Annual report on the working of the lock hospitals in the Central Provinces
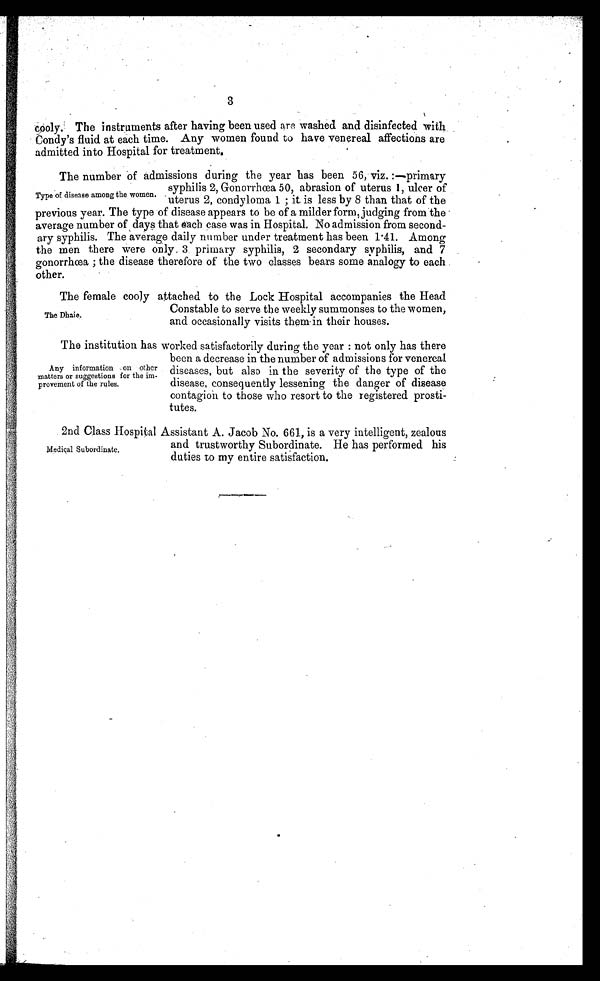
3
cooly. The instruments after having been used are washed. and disinfected with
Condy's fluid at each time. Any women found to have venereal affections are
admitted into Hospital for treatment.
The number of admissions during the year has been 56, viz. :—primary
syphilis 2, Gonorrhœa 50, abrasion of uterus 1, ulcer of
uterus 2, condyloma 1 ; it, is less by 8 than that of the
previous year. The type of disease appears to be of a milder form, judging from the
average number of , days that each case was in Hospital. No admission from second
ary syphilis. The average daily number under treatment has been 1 .41. Among
the men there were only 3 primary syphilis, 2 secondary syphilis, and 7
gonorrhœa ; the disease therefore of the two classes bears some analogy to each
other.
The female cooly attached to the Lock Hospital accompanies the Head
Constable to serve the weekly summonses to the women,
and occasionally visits them. in their houses.
The institution has worked satisfactorily during the year : not only has there
been a decrease in the number of admissions for venereal
diseases, but also in the severity of the type of the
disease, consequently lessening the danger of disease
contagion to those who resort to the registered prosti-
tutes.
2nd Class Hospital Assistant A. Jacob No. 661, is a very intelligent, zealous
and trustworthy Subordinate. He has performed his
duties to my entire satisfaction.
Type of disease among the women.
The Dhaie.
Any information on other
matters or suggestions for the im-
provement of the rules.
Medical Subordinate.